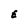
Character: E